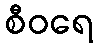
စီဝရေ